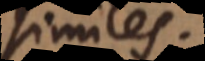
similes: